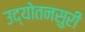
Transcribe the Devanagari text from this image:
उद्योतनसुरी